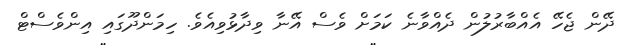
ދޭން ޖެހޭ އެއްބާރުލުން ދެއްވާނެ ކަމަށް ވެސް އޭނާ ވިދާޅުވިއެވެ. ހިމަންދޫގައި އިންވެސްޓް